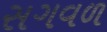
સગવળ